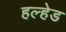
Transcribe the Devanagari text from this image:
हल्हेड